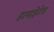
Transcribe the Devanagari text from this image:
हायड्रेटेड